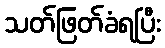
သတ်ဖြတ်ခံရပြီး